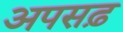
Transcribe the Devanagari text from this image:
अपसढ़